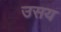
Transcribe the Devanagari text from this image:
उसय